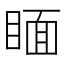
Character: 𥈅